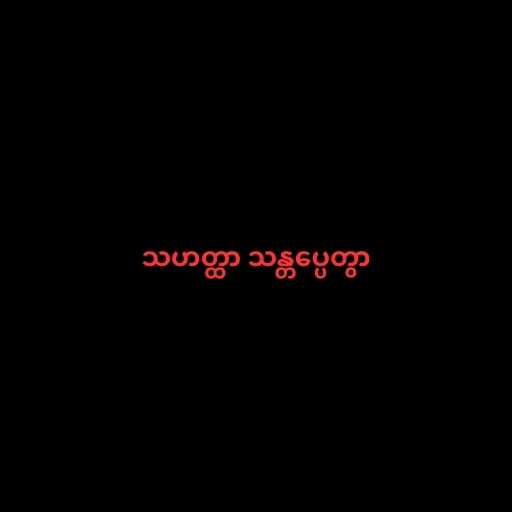
သဟတ္ထာ သန္တပ္ပေတွာ